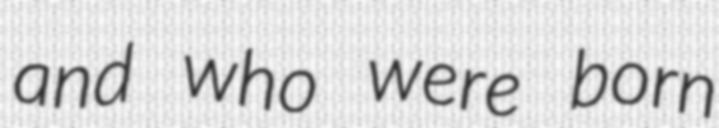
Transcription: and who were born